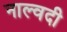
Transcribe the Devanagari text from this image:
नाल्वदी